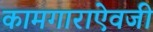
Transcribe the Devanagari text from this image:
कामगाराऐवजी